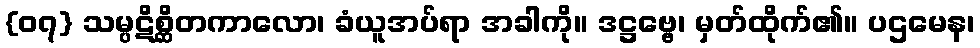
{၀၇} သမ္ပဋိစ္ဆိတကာလော၊ ခံယူအပ်ရာ အခါကို။ ဒဋ္ဌဗ္ဗေ၊ မှတ်ထိုက်၏။ ပဌမေန၊